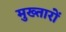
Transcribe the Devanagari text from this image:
मुख्तारों